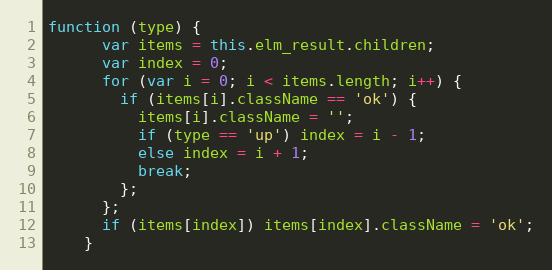
Language: JavaScript
function (type) {
      var items = this.elm_result.children;
      var index = 0;
      for (var i = 0; i < items.length; i++) {
        if (items[i].className == 'ok') {
          items[i].className = '';
          if (type == 'up') index = i - 1;
          else index = i + 1;
          break;
        };
      };
      if (items[index]) items[index].className = 'ok';
    }